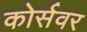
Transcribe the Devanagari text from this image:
कोर्सवर